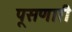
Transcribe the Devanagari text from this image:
पूसणारी